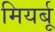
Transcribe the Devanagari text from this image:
मियर्बू